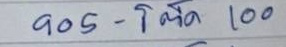
905 - โต๊ด 100